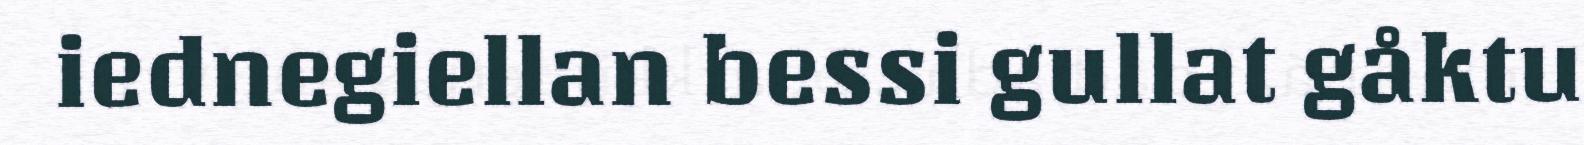
iednegiellan bessi gullat gåktu